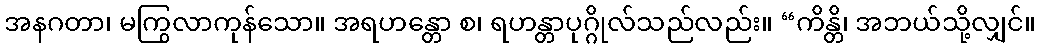
အနဂတာ၊ မကြွလာကုန်သော။ အရဟန္တော စ၊ ရဟန္တာပုဂ္ဂိုလ်သည်လည်း။ “ကိန္တိ၊ အဘယ်သို့လျှင်။